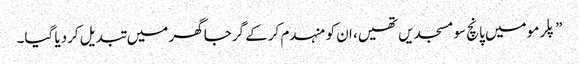
”پلرمو میں پانچ سو مسجدیں تھیں، ان کو منہدم کرکے گرجا گھر میں تبدیل کردیا گیا۔